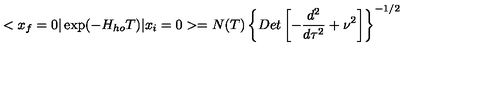
< x _ { f } = 0 \vert \exp ( - H _ { h o } T ) \vert x _ { i } = 0 > = N ( T ) \left\{ D e t \left[ - { \frac { d ^ { 2 } } { d \tau ^ { 2 } } } + \nu ^ { 2 } \right] \right\} ^ { - 1 / 2 }